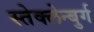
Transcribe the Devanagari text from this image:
स्तेक्लेन्बुर्ग